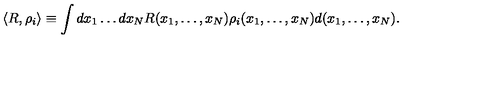
\langle R , \rho _ { i } \rangle \equiv \int d x _ { 1 } \dots d x _ { N } R ( x _ { 1 } , \ldots , x _ { N } ) \rho _ { i } ( x _ { 1 } , \ldots , x _ { N } ) d ( x _ { 1 } , \ldots , x _ { N } ) .